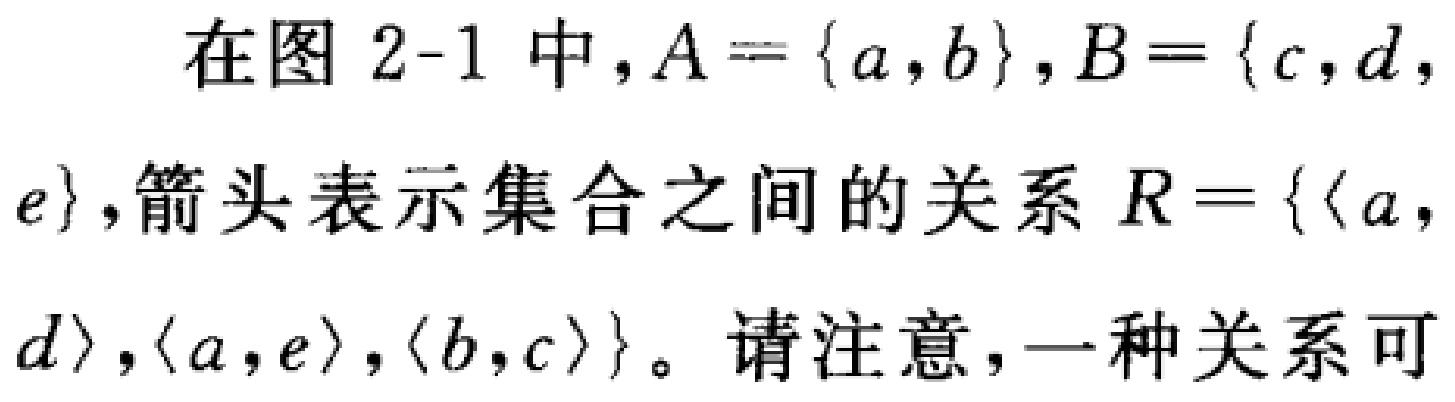
在图 2-1 中，$A = \{a,b\}$，$B = \{c,d,e\}$，箭头表示集合之间的关系 $R = \{\langle a,d\rangle,\langle a,e\rangle,\langle b,c\rangle\}$。请注意，一种关系可